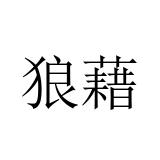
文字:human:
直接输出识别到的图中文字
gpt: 狼藉